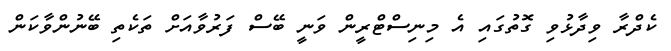
ކެދްރާ ވިދާޅުވި ގޮތުގައި އެ މިނިސްޓްރީން ވަނީ ބޭސް ފަރުވާއަށް ތަކެތި ބޭނުންވާކަން